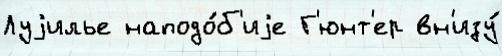
Луjилье наподо́б'иjе Г'юнт'ер вн'изу́